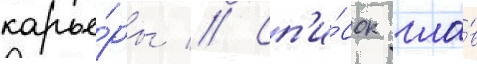
карье́ры // Сп'и́сок гла́в